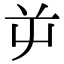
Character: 屰